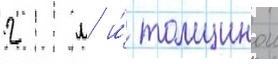
2 м и́ толщинои